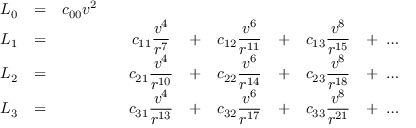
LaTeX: \begin{array} { c c c c c c c c c c } { { \displaystyle { \cal L } _ { 0 } } } & { { = } } & { { c _ { 0 0 } v ^ { 2 } } } & { { } } & { { } } & { { } } & { { } } & { { } } & { { } } & { { } } \\ { { { \cal L } _ { 1 } } } & { { = } } & { { } } & { { } } & { { \displaystyle c _ { 1 1 } \frac { v ^ { 4 } } { r ^ { 7 } } } } & { { + } } & { { \displaystyle c _ { 1 2 } \frac { v ^ { 6 } } { r ^ { 1 1 } } } } & { { + } } & { { \displaystyle c _ { 1 3 } \frac { v ^ { 8 } } { r ^ { 1 5 } } } } & { { + \ \ldots } } \\ { { { \cal L } _ { 2 } } } & { { = } } & { { } } & { { } } & { { \displaystyle c _ { 2 1 } \frac { v ^ { 4 } } { r ^ { 1 0 } } } } & { { + } } & { { \displaystyle c _ { 2 2 } \frac { v ^ { 6 } } { r ^ { 1 4 } } } } & { { + } } & { { c _ { 2 3 } \displaystyle \frac { v ^ { 8 } } { r ^ { 1 8 } } } } & { { + \ \ldots } } \\ { { { \cal L } _ { 3 } } } & { { = } } & { { } } & { { } } & { { c _ { 3 1 } \displaystyle \frac { v ^ { 4 } } { r ^ { 1 3 } } } } & { { + } } & { { c _ { 3 2 } \displaystyle \frac { v ^ { 6 } } { r ^ { 1 7 } } } } & { { + } } & { { c _ { 3 3 } \displaystyle \frac { v ^ { 8 } } { r ^ { 2 1 } } } } & { { + \ \ldots } } \end{array}